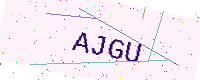
Text: AJGU